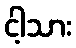
ငါ့သား